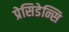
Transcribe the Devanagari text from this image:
प्रेसिडेन्सि